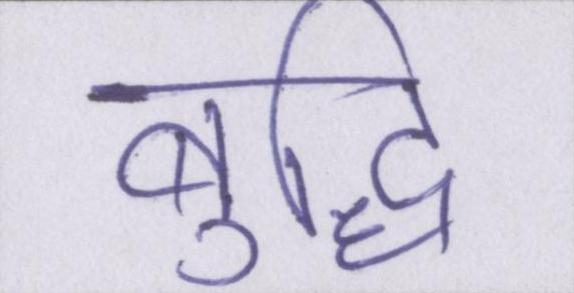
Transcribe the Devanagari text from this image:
बुद्धि